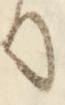
て